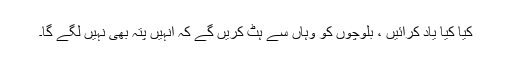
کیا کیا یاد کرائیں ، بلوچوں کو وہاں سے ہٹ کریں گے کہ انہیں پتہ بھی نہیں لگے گا۔